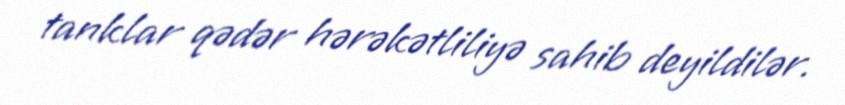
tanklar qədər hərəkətliliyə sahib deyildilər.